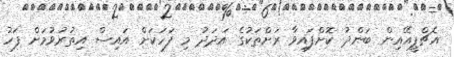
އެޗްޕީއޭއިން ބަންދު ކޮށްފައިވާ ރަށްތަކުގެ އަދަދު މި ފަހަކަށް އައިސް އިތުރުވުމަށް ފަހު